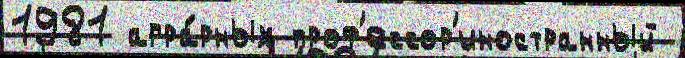
1981 агра́рных проф'ессор'иностранный